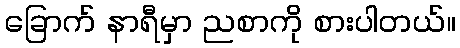
ခြောက် နာရီမှာ ညစာကို စားပါတယ်။